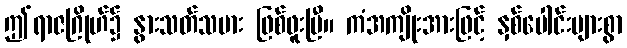
ဤရာဇဂြိုဟ်၌ နွားသတ်သမား ဖြစ်ဖူးပြီ။ ကံအကျိုးအားဖြင့် နှစ်ပေါင်းများစွာ